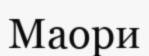
Маори